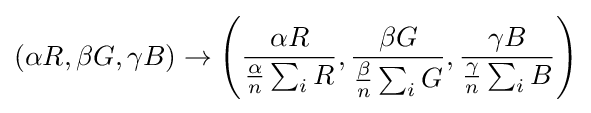
\left(\alpha R,\beta G,\gamma B\right)\rightarrow \left({\frac {\alpha R}{{\frac {\alpha }{n}}\sum _{i}R}},{\frac {\beta G}{{\frac {\beta }{n}}\sum _{i}G}},{\frac {\gamma B}{{\frac {\gamma }{n}}\sum _{i}B}}\right)